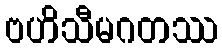
ဗဟိသီမဂတဿ